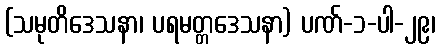
(သမုတိဒေသနာ၊ ပရမတ္တဒေသနာ) ပဏ်-၁-ပါ-၂၉၊